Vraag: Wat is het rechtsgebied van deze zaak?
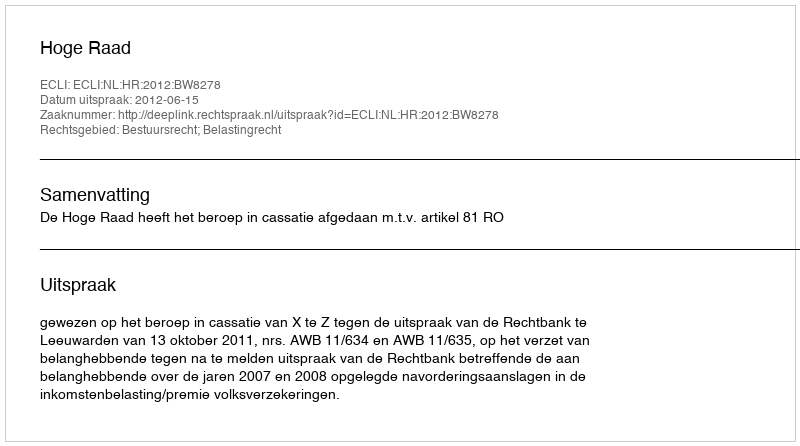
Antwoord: Bestuursrecht; Belastingrecht